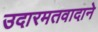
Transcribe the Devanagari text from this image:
उदारमतवादाने